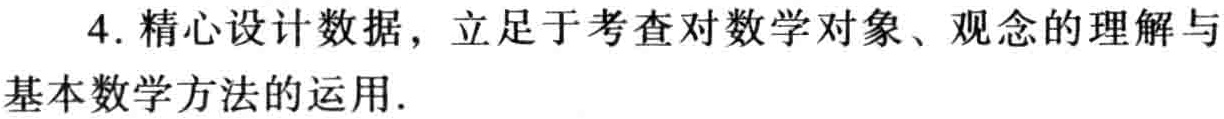
4. 精心设计数据，立足于考查对数学对象、观念的理解与基本数学方法的运用.